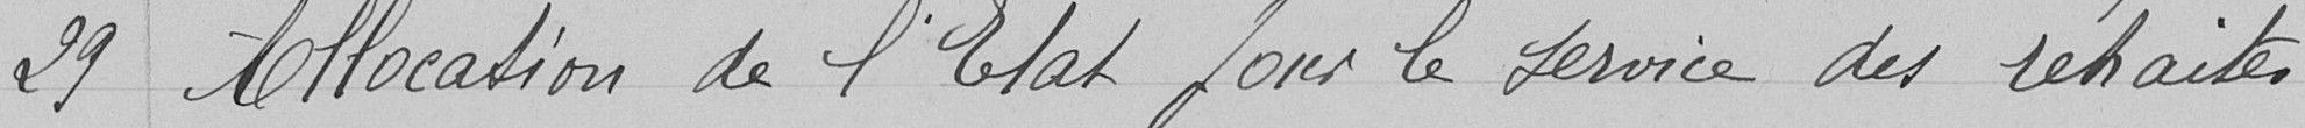
29 Allocation de l'état pour le service des retraites